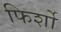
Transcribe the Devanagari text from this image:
फिर्शो